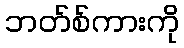
ဘတ်စ်ကားကို